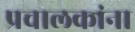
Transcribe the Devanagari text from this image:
प्रचालकांना